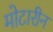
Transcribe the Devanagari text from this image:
मोटारीन